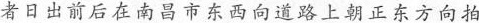
者日出前后在南昌市东西向道路上朝正东方向拍